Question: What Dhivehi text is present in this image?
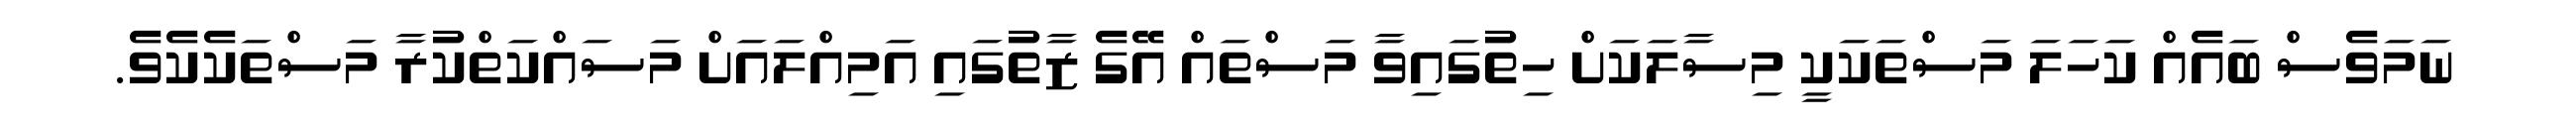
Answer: ނަމަވެސް ބައެއް ކަހަލަ މަސްތަކަކީ މިސާލަކަށް ހިތުގައިވާ މަސްތައް އޭގެ ޒާތުގައި އަމިއްލައަށް މަސައްކަތްކުރާ މަސްތަކެކެވެ.